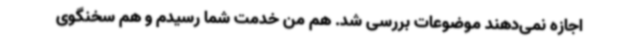
اجازه نمی‌دهند موضوعات بررسی شد. هم من خدمت شما رسیدم و هم سخنگوی